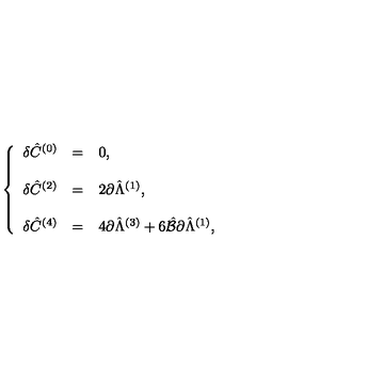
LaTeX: \left\{ \begin{array} { r c l } { \delta \hat { C } ^ { ( 0 ) } } & { = } & { 0 , } \\ { } & { } & { } \\ { \delta \hat { C } ^ { ( 2 ) } } & { = } & { 2 \partial \hat { \Lambda } ^ { ( 1 ) } , } \\ { } & { } & { } \\ { \delta \hat { C } ^ { ( 4 ) } } & { = } & { 4 \partial \hat { \Lambda } ^ { ( 3 ) } + 6 \hat { \cal B } \partial \hat { \Lambda } ^ { ( 1 ) } , } \\ \end{array} \right.